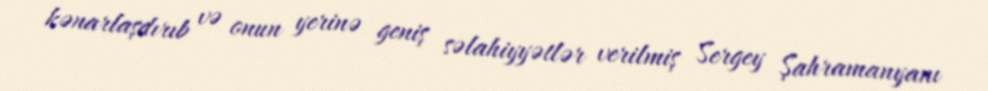
kənarlaşdırıb və onun yerinə geniş səlahiyyətlər verilmiş Sergey Şahramanyanı